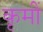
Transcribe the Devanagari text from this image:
कृमीं